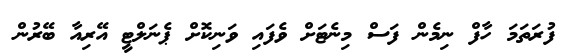
ފުރަތަމަ ހާފް ނިމެން ފަސް މިނެޓަށް ވެފައި ވަނިކޮށް ޕެނަލްޓީ އޭރިއާ ބޭރުން